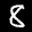
Label: 8